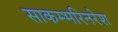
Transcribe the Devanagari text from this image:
साकम्भरिनरेश